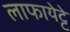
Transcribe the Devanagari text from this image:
लाफायेट्टे